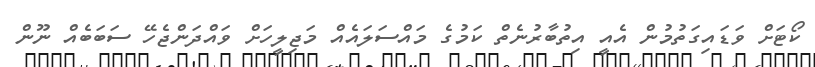
ކޯޓަށް ވަޑައިގަތުމުން އެއީ އިތުބާރުނެތް ކަމުގެ މައްސަލައެއް މަޖިލީހަށް ވައްދަންޖެހޭ ސަބަބެއް ނޫން